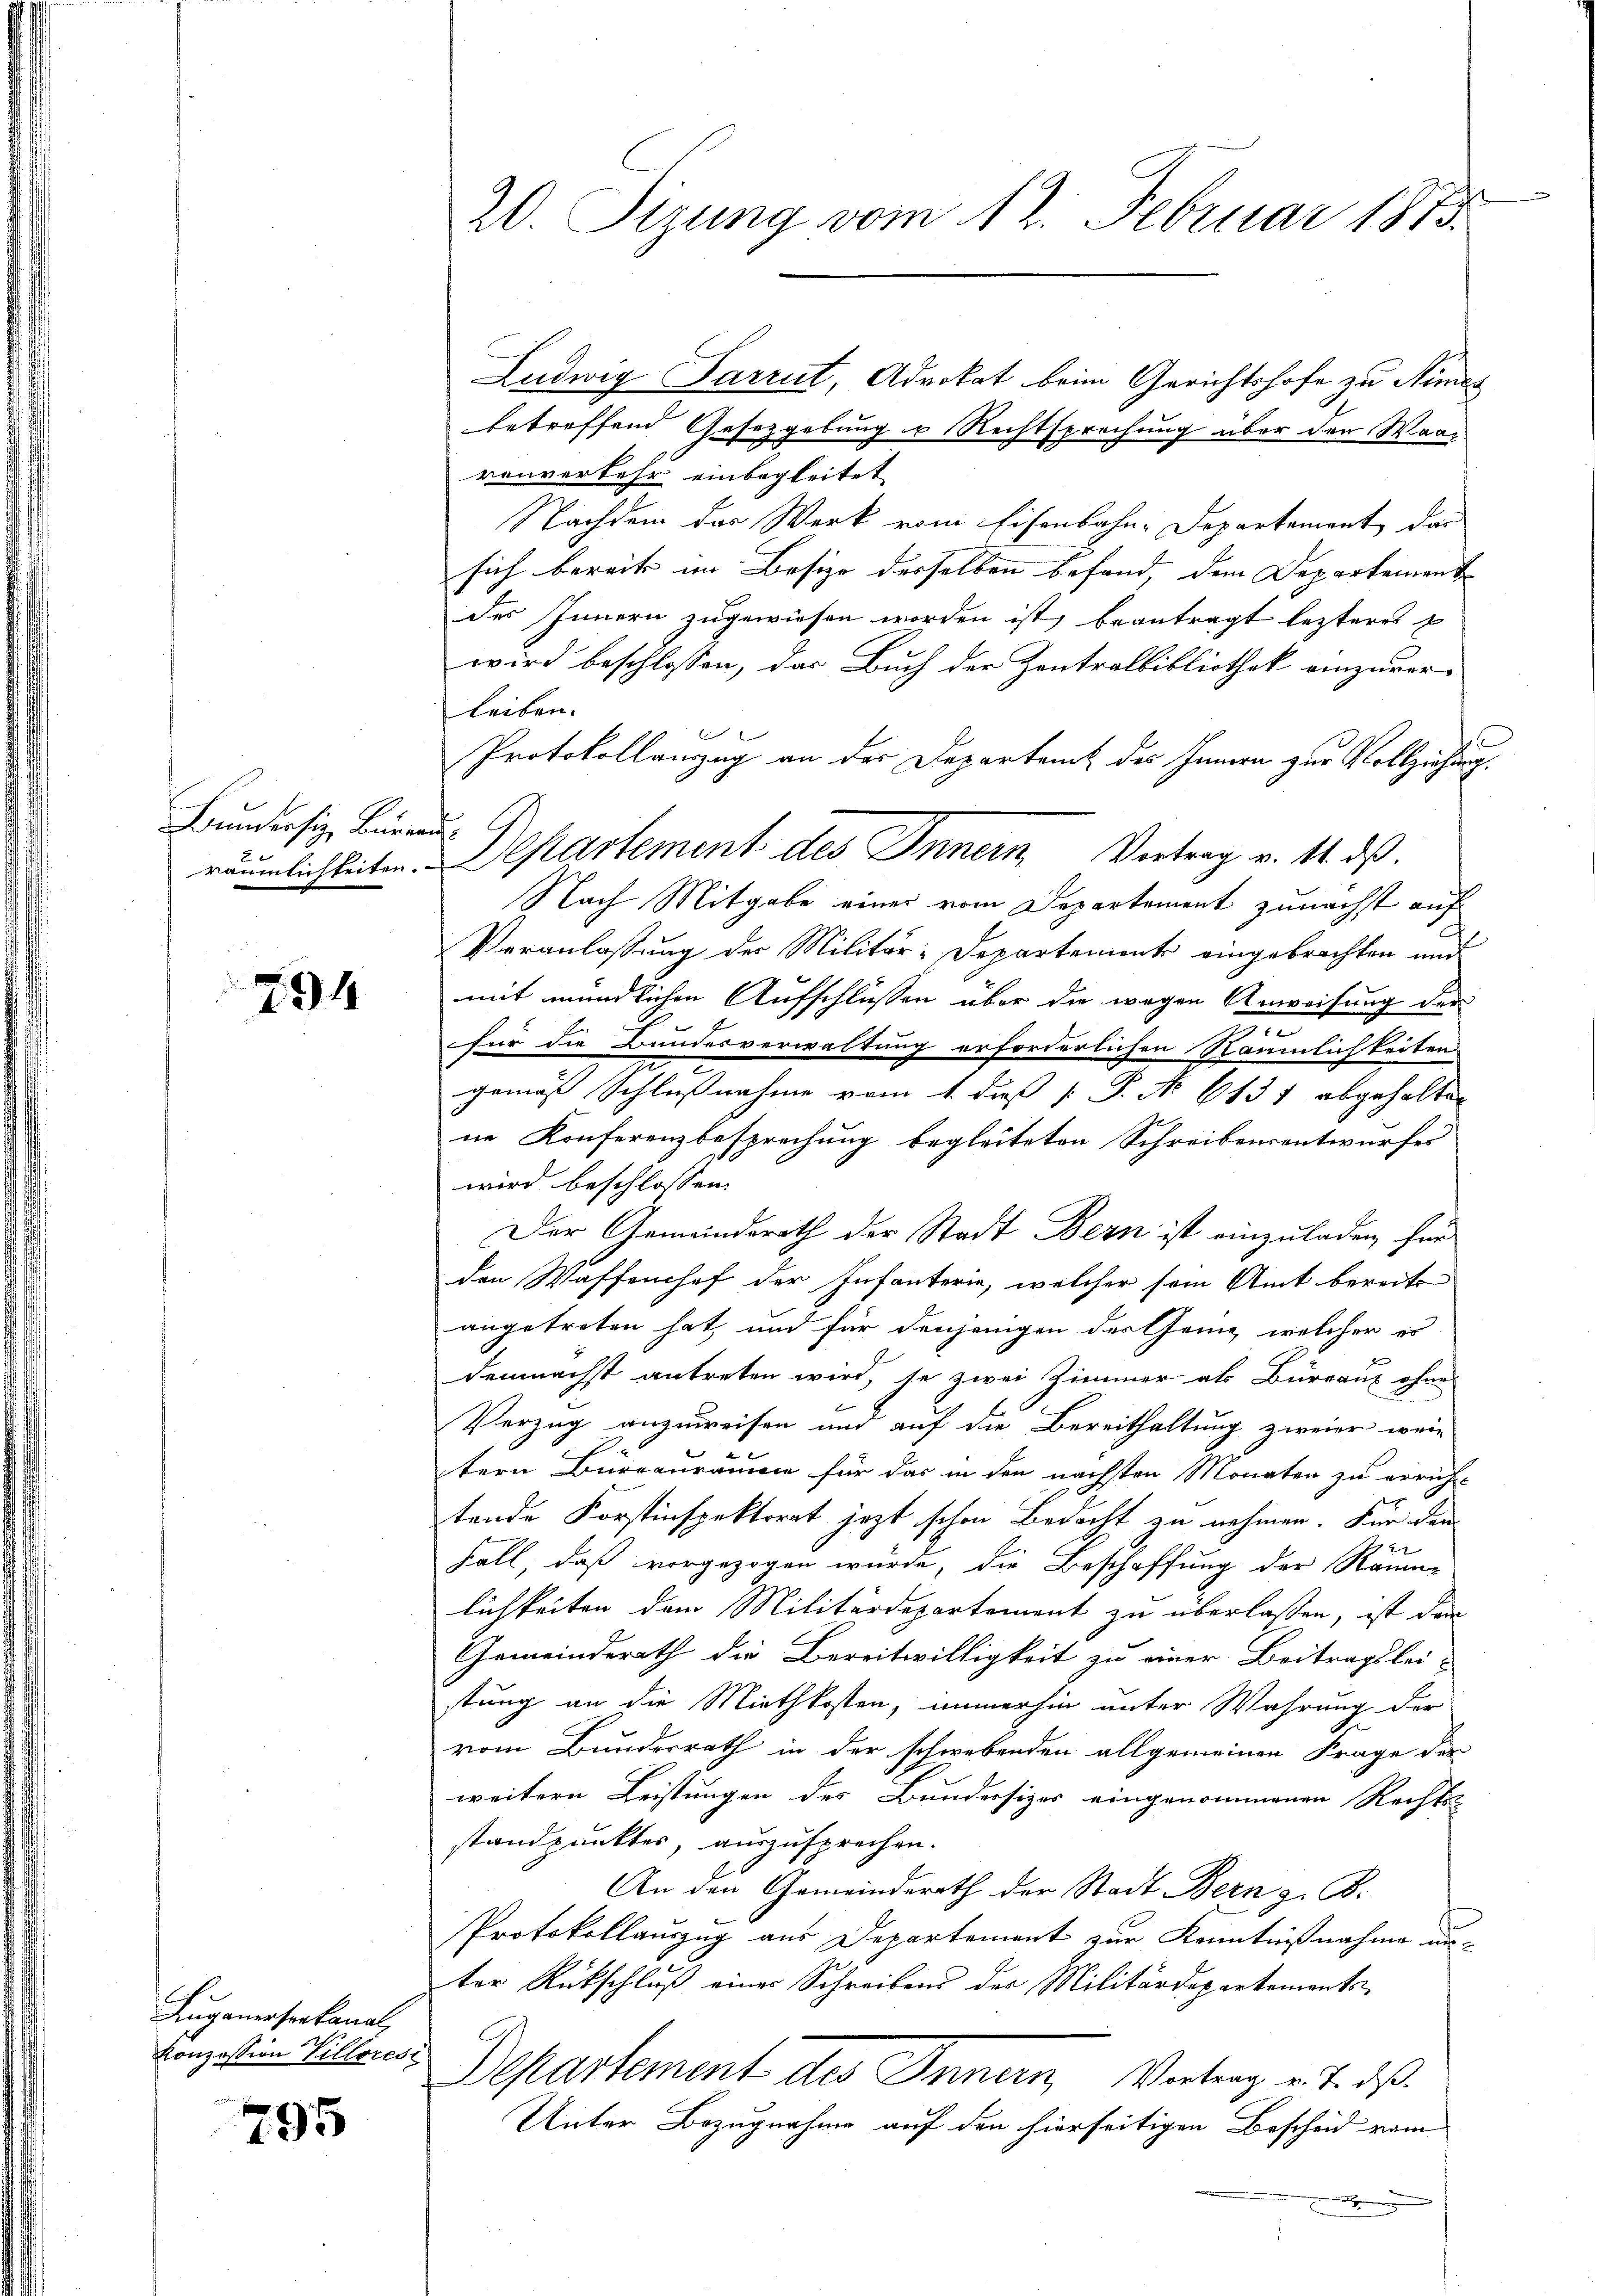
Bundersitz, Bürger
2
räumlichkeiten.

794

Luganerseekanal,
Konzession Villoresi

795

20. Sizung vom 12. Februar 1875.

Ludwig Sarrut, Advokat beim Gerichtshofe zu Nimes
betreffend Gesetzgebung u Rechtsprechung über den Waar
ronverkehr einbegleitet
Nachdem das Werk vom Eisenbahn-Departement das
sich bereits im Besize derselben befand, dem Departement
des Innern zugewiesen worden ist, beantragt lezteres
wird beschlossen, das Buch der Zentralbibliothek einzuverleiben.

Protokollanzug an der Departent des Innern zur Vollziehung.
Nach Mitgabe einer vom Departement zunächst auf
Veranlassung der Militär-Departement eingebrachten und
mit mündlichen Aufschlüssen über die wegen Anweisung der
für die Bundesverwaltung erforderlichen Räumlichkeiten
gemäß Schlußnahme vom 1. daß [ P. No. 6131 abgehalten
ne Konferenzbesprechung begleiteten Schreibensentwurfes
wird beschlossen:
Der Gemeinderath der Stadt Bern ist einzuladen für
den Waffenhof der Infanterie, welcher sein Amt bereits
angetreten hat, und für denjenigen des Genie, welcher er
demnächst antreten wird, so zwei Zimmer als Büreaux ohne
Verzug anzuweisen und auf die Bereithaltung zweier wei
tern Büreauräume für das in den nächsten Monaten zu erricht-
tende Forstinspektorat jezt schon Bedacht zu nehmen. Für dem
Fall, daß vorgezogen würde, die Beschaffung der Raum-
lichkeiten dem Militärdepartement zu überlassen, ist dann
Gemeinderath die Bereitwilligkeit zu einer Beitragslei-
stung an die Miethkosten, immerhin unter Wahrung der
vom Bunderrath in der schwebenden allgemeinen Frage der
weitern Leistungen des Bundersizes eingenommenen Rechts-
standpunktes, auszusprechen.
An den Gemeinderath der Stadt Bern z. B.
Protokollauszug aus Departement zur Kenntnißnahme
ter Rückschluß eines Schreibens der Militärdepartements-
Departement des Innern, Vertrag v. J. ds.
Unter Bezugnahme auf den hierseitigen Bescheid vom

A

Departement des Innern Vertrag v. 14. ds.